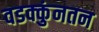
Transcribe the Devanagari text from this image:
वडक्कुंनतन